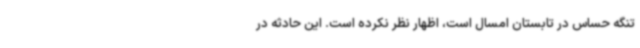
تنگه حساس در تابستان امسال است، اظهار نظر نکرده است. این حادثه در